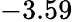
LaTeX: -3.59